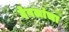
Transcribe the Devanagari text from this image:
देवलांचा